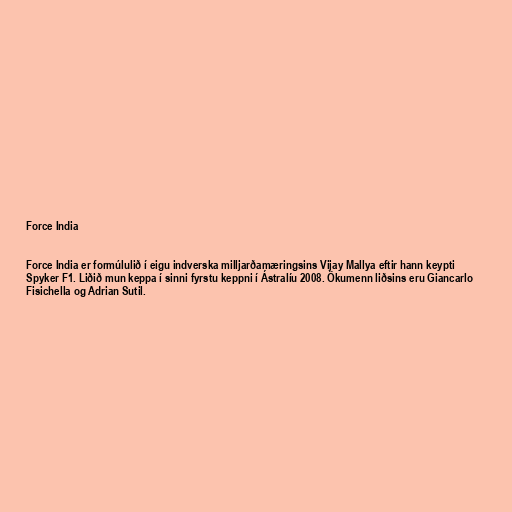
Force India

Force India er formúlulið í eigu indverska milljarðamæringsins Vijay Mallya eftir hann keypti
Spyker F1. Liðið mun keppa í sinni fyrstu keppni í Ástralíu 2008. Ökumenn liðsins eru Giancarlo
Fisichella og Adrian Sutil.